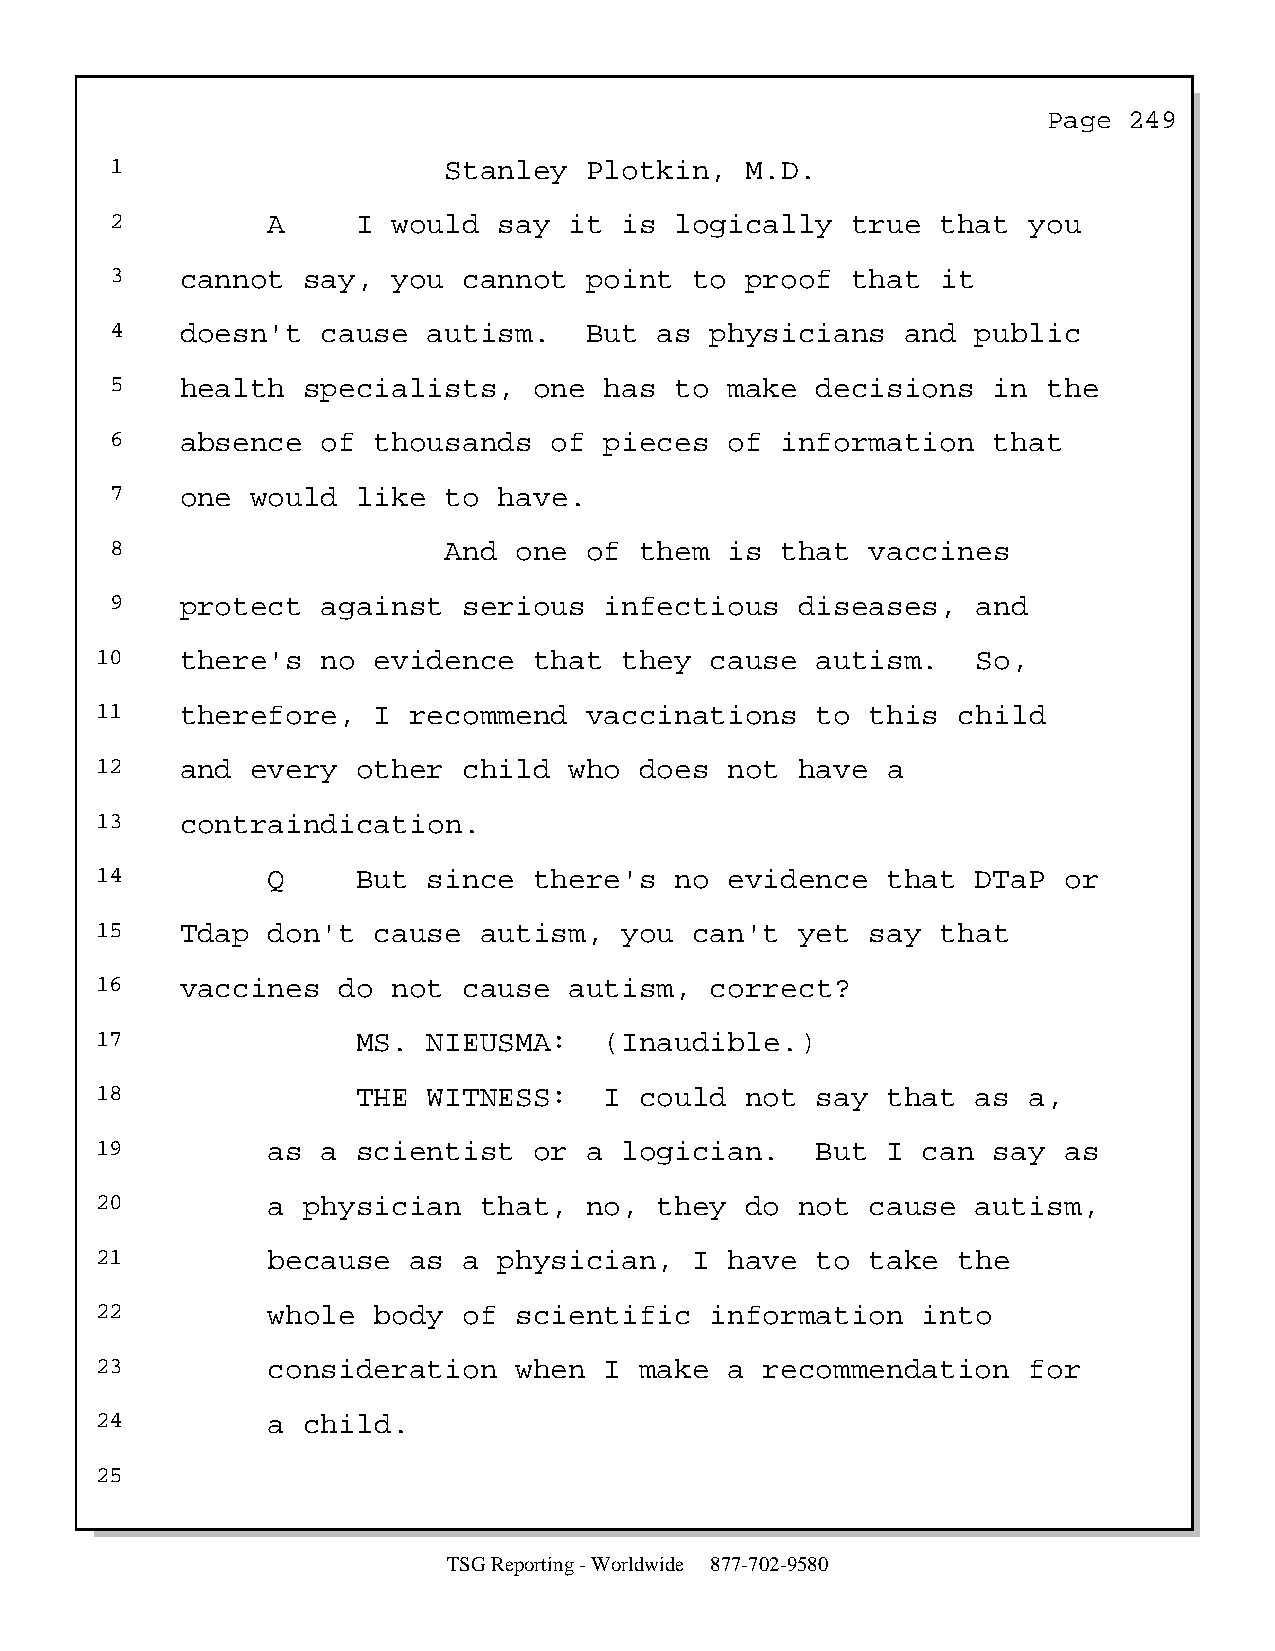
Page  249
 1                     Stanley   Plotkin,  M.D.
 2          A     I would  say  it is  logically  true  that  you
 3    cannot  say,  you  cannot  point  to proof  that  it
 4    doesn't  cause  autism.    But  as physicians   and  public
 5    health  specialists,   one  has  to make  decisions   in the
 6    absence  of  thousands  of  pieces  of  information   that
 7    one  would  like to  have.
 8                     And  one  of them  is  that  vaccines
 9    protect  against   serious  infectious   diseases,   and
 10    there's  no  evidence  that  they  cause  autism.    So,
 11    therefore,   I recommend   vaccinations   to  this child
 12    and  every  other  child  who does  not  have  a
 13    contraindication.
 14          Q     But since  there's   no evidence   that  DTaP or
 15    Tdap  don't  cause  autism,  you  can't  yet  say that
 16    vaccines  do  not  cause  autism,  correct?
 17                MS. NIEUSMA:    (Inaudible.)
 18                THE WITNESS:    I could  not  say  that  as a,
 19          as a  scientist  or  a logician.    But  I can  say as
 20          a physician   that,  no,  they do  not  cause  autism,
 21          because  as  a physician,   I have  to  take the
 22          whole  body  of scientific   information   into
 23          consideration   when  I make  a  recommendation   for
 24          a child.
 25
 TSG Reporting - Worldwide 877-702-9580